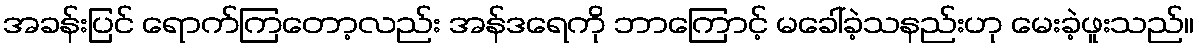
အခန်းပြင် ရောက်ကြတော့လည်း အန်ဒရေကို ဘာကြောင့် မခေါ်ခဲ့သနည်းဟု မေးခဲ့ဖူးသည်။